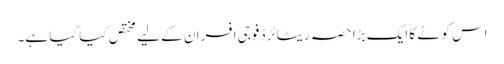
اس کوٹے کا ایک بڑا حصہ ریٹائرڈ فوجی افسران کے لیے مختص کیا گیا ہے۔